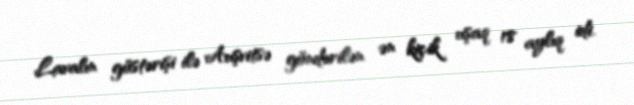
Lavalın göstərişi ilə Auşvitsə göndərilən ən kiçik uşaq 18 aylıq idi.